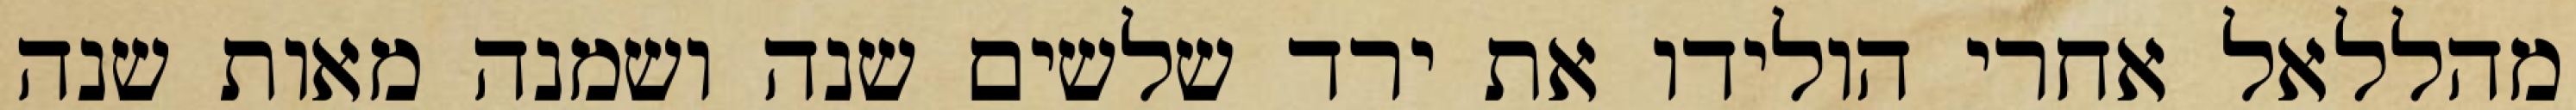
מהללאל אחרי הולידו את ירד שלשים שנה ושמנה מאות שנה